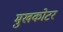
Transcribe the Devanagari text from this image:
मुखकोटर